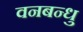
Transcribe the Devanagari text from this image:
वनबन्धु